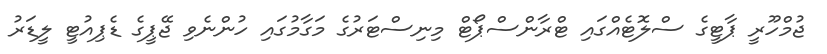
ޖުމްހޫރީ ޕާޓީގެ ސްލޮޓެއްގައި ޓްރާންސްޕޯޓް މިނިސްޓަރުގެ މަގާމުގައި ހުންނެވި ޖޭޕީގެ ޑެޕިއުޓީ ލީޑަރު